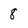
Character: 8